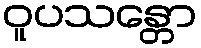
ဝူပသန္တော